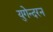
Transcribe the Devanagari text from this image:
युगेन्दरन